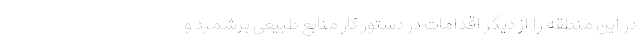
در این منطقه را از دیگر اقدامات در دستور کار منابع طبیعی برشمرد و